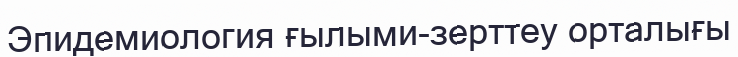
Эпидемиология ғылыми-зерттеу орталығы